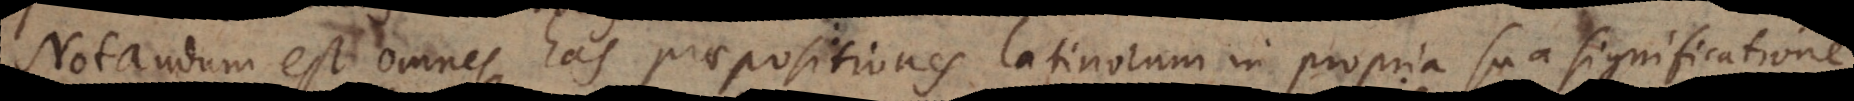
Notandum est omnes has praepositiones Latinorum in propria sua significatione